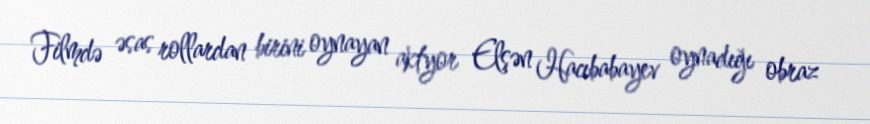
Filmdə əsas rollardan birini oynayan aktyor Elşən Hacıbabayev oynadığı obraz